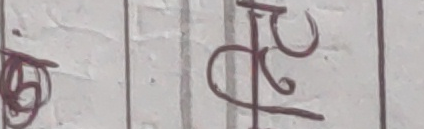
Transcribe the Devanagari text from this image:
५ ट्रू